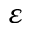
\varepsilon